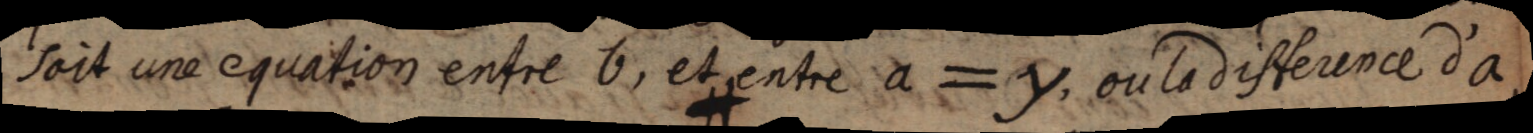
soit une equation entre b, et entre a = y, ou la difference d’a,